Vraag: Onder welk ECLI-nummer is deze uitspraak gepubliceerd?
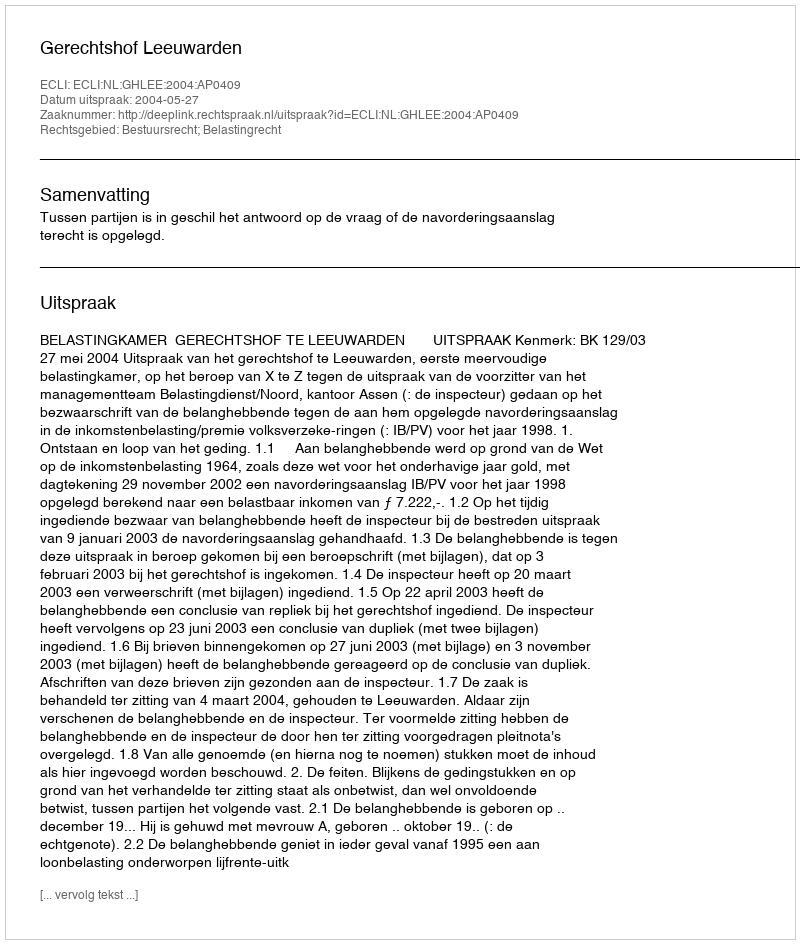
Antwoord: ECLI:NL:GHLEE:2004:AP0409